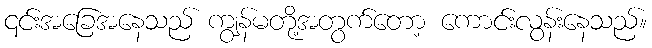
၎င်းအခြေအနေသည် ကျွန်မတို့အတွက်တော့ ကောင်းလွန်းနေသည်။